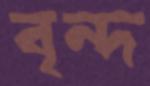
বৃন্দ